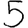
Digit: 5